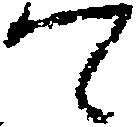
て